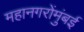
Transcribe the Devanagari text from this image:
महानगरोंमुंबई